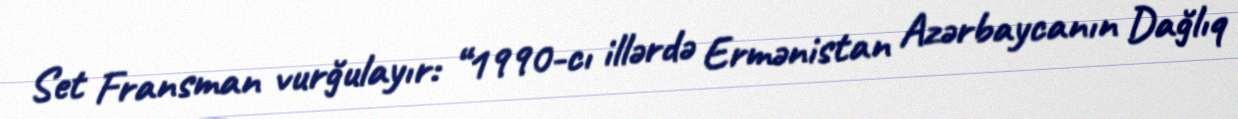
Set Fransman vurğulayır: “1990-cı illərdə Ermənistan Azərbaycanın Dağlıq